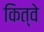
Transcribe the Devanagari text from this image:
कित्वे